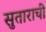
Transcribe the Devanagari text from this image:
सुताराची